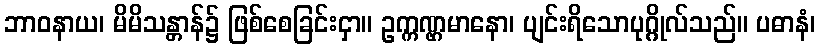
ဘာဝနာယ၊ မိမိသန္တာန်၌ ဖြစ်စေခြင်းငှာ။ ဥက္ကဏ္ဌမာနော၊ ပျင်းရိသောပုဂ္ဂိုလ်သည်။ ပဓာနံ၊